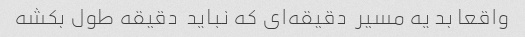
واقعا بد یه مسیر  دقیقه‌ای که نباید  دقیقه طول بکشه